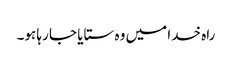
راہ خدا میں وہ ستایا جا رہا ہو۔